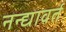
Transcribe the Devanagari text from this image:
नन्द्यावर्त